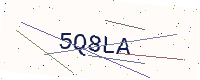
Text: 5Q8LA